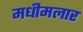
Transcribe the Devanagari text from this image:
मधीमलार